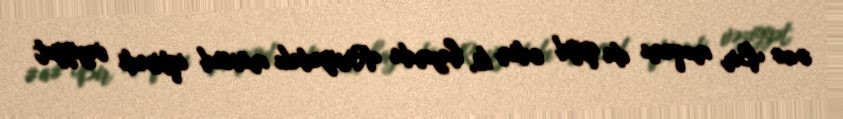
#a# Bir məqamı da qeyd edim ki, hazırda Rusiyadakı mövcud iqtisadi vəziyyət